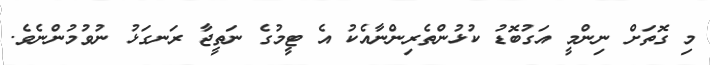
މި ގޮތަށް ނިންމީ އަގުބޮޑު ކުޅުންތެރިންނާއެކު އެ ޓީމުގެ ނަތީޖާ ރަނގަޅު ނުވުމުންނެވެ.